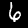
Digit: 6